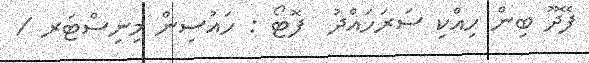
ފޭދޫ ބިން ހިއްކި ސަރަހައްދު  ފޮޓޯ : ހައުސިން މިނިސްޓަރ /